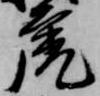
虎